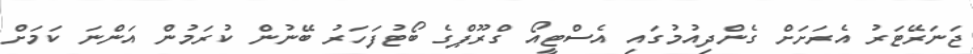
ޖަނަރޭޓަރު އެރަށަށް ގެންދިއުމުގައި އެސްޓީއޯ ގްރޫޕްގެ ބޯޓުފަހަރު ބޭނުން ކުރަމުން އަންނަ ކަމަށް